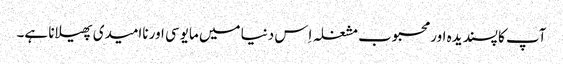
آپ کا پسندیدہ اور محبوب مشغلہ اِس دنیا میں مایوسی اور ناامیدی پھیلانا ہے۔